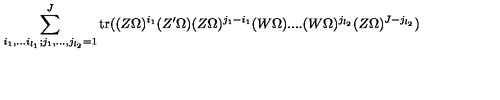
\sum _ { i _ { 1 } , . . . i _ { l _ { 1 } } ; j _ { 1 } , . . . , j _ { l _ { 2 } } = 1 } ^ { J } \mathrm { t r } ( ( Z \Omega ) ^ { i _ { 1 } } ( Z ^ { \prime } \Omega ) ( Z \Omega ) ^ { j _ { 1 } - i _ { 1 } } ( W \Omega ) . . . . ( W \Omega ) ^ { j _ { l _ { 2 } } } ( Z \Omega ) ^ { J - j _ { l _ { 2 } } } )